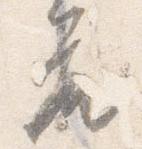
座